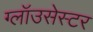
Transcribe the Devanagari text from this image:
ग्लॉउसेस्टर